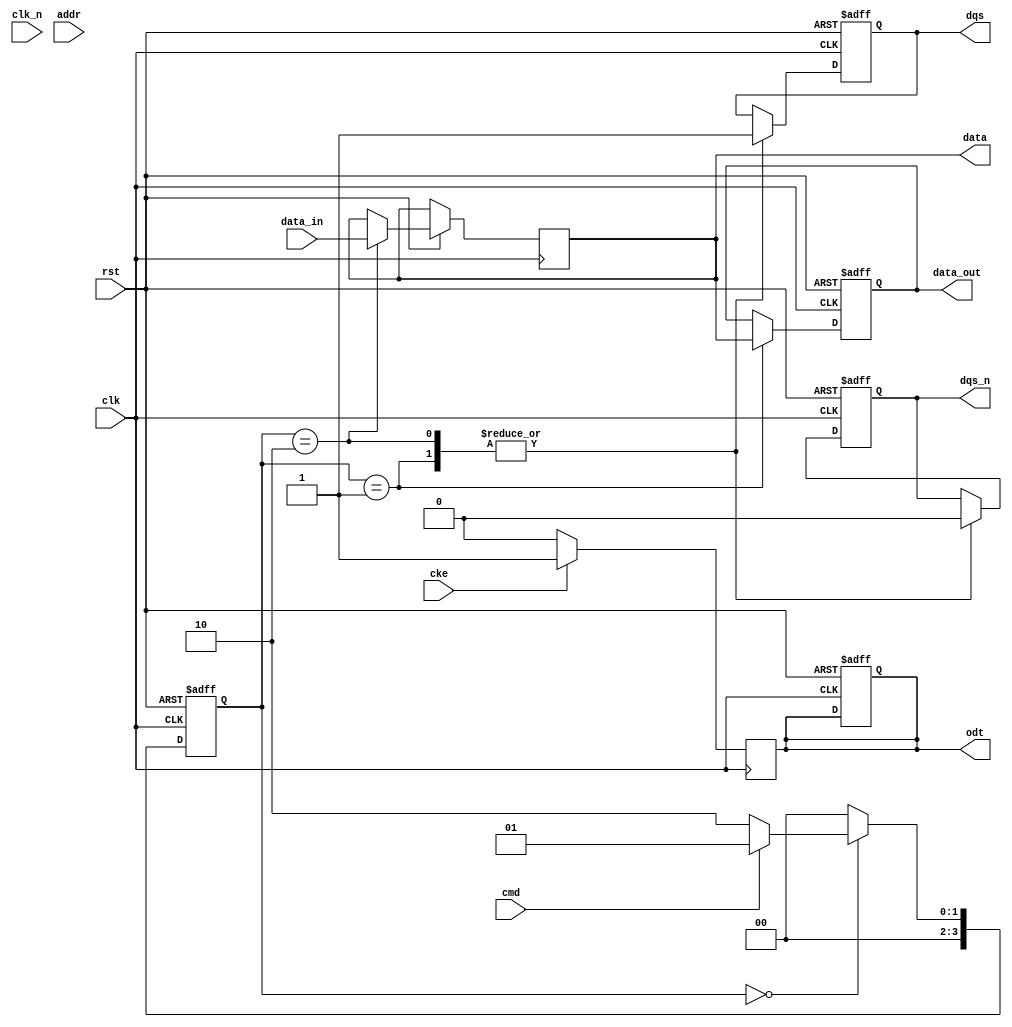
module gddr5_io_block (
    input wire clk,          // System clock
    input wire clk_n,        // Inverted clock
    input wire cke,          // Clock enable
    input wire [7:0] data_in, // Data input from memory controller
    output reg [7:0] data_out, // Data output to memory controller
    input wire [15:0] addr,   // Address input
    input wire cmd,           // Command input (0: write, 1: read)
    output reg dqs,          // Data strobe output
    output reg dqs_n,        // Inverted data strobe output
    output reg odt,          // On-die termination
    output reg [7:0] data,    // Data bus
    input wire rst           // Reset signal
);

// Parameters for timing control
parameter tRP = 10; // Precharge time (example value)
parameter tRCD = 10; // Row to column delay (example value)
parameter tWR = 10; // Write recovery time (example value)
parameter tCAS = 10; // CAS latency (example value)

// Internal state variables
reg [3:0] state;
reg [7:0] data_buffer;
reg read_valid;

// State machine for read/write operations
always @(posedge clk or negedge rst) begin
    if (!rst) begin
        state <= 0;
        data_out <= 8'b0;
        dqs <= 0;
        dqs_n <= 1;
        odt <= 0;
        read_valid <= 0;
    end else begin
        case (state)
            0: begin // Idle state
                if (cmd) begin
                    state <= 1; // Read command
                end else begin
                    state <= 2; // Write command
                end
            end
            1: begin // Read operation
                // Simulate read delay
                #tRCD;
                data_out <= data; // Output data
                dqs <= 1; // Assert DQS
                dqs_n <= 0; // Assert DQS#
                read_valid <= 1; // Data is valid
                state <= 0; // Go back to idle
            end
            2: begin // Write operation
                // Simulate write delay
                #tWR;
                data <= data_in; // Capture incoming data
                dqs <= 1; // Assert DQS
                dqs_n <= 0; // Assert DQS#
                state <= 0; // Go back to idle
            end
            default: state <= 0; // Reset state
        endcase
    end
end

// On-die termination control
always @(posedge clk) begin
    if (cke) begin
        odt <= 1; // Enable ODT when clock is enabled
    end else begin
        odt <= 0; // Disable ODT when clock is disabled
    end
end

endmodule